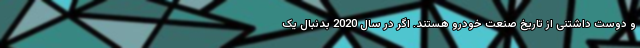
و دوست داشتنی از تاریخ صنعت خودرو هستند. اگر در سال 2020 بدنبال یک